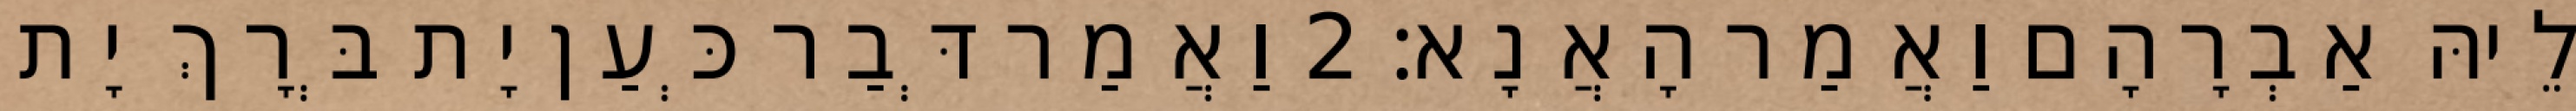
לֵיהּ אַבְרָהָם וַאֲמַר הָאֲנָא׃ 2 וַאֲמַר דְּבַר כְּעַן יָת בְּרָךְ יָת